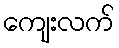
ကျေးလက်